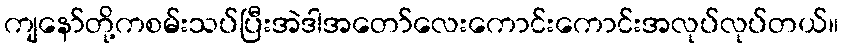
ကျနော်တို့ကစမ်းသပ်ပြီးအဲဒါအတော်လေးကောင်းကောင်းအလုပ်လုပ်တယ်။